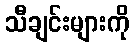
သီချင်းများကို